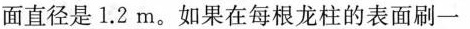
面直径是1.2m。如果在每根龙柱的表面刷一